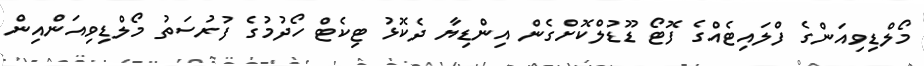
މޯލްޑިވިއަންގެ ފްލައިޓެއްގެ ފޮޓޯ ޑޫޑުލްކޮށްގެން އިންޑިޔާ ދެކޮޅު ޓިކެޓް ހޯދުމުގެ ފުރުސަތު މޯލްޑިވިއަންއިން